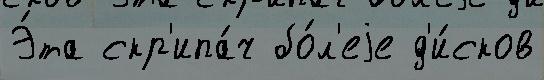
Э́та скр'ипа́ч бо́л'еjе д'и́сков